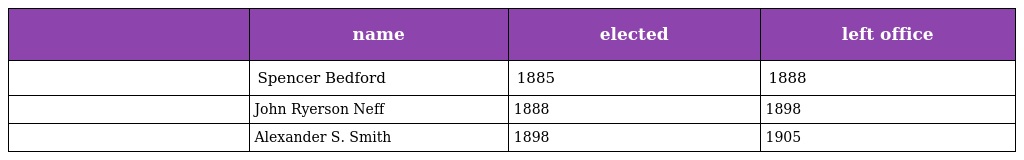
|  | name | elected | left office |
 | --- | --- | --- | --- |
 |  | Spencer Bedford | 1885 | 1888 |
 |  | John Ryerson Neff | 1888 | 1898 |
 |  | Alexander S. Smith | 1898 | 1905 |